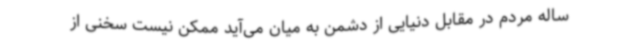
ساله مردم در مقابل دنیایی از دشمن به میان می‌آید ممکن نیست سخنی از